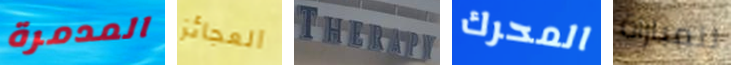
المدمرة العجائز THERAPY المحرك للمباراة